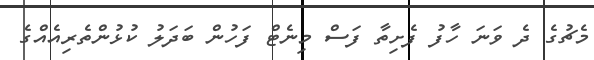
މެޗުގެ ދެ ވަނަ ހާފު ފެށިތާ ފަސް މިނެޓް ފަހުން ބަދަލު ކުޅުންތެރިއެއްގެ